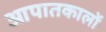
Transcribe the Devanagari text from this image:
आपातकालों